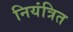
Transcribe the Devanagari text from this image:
नियंत्रित